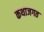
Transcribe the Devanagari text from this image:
कथाजगत